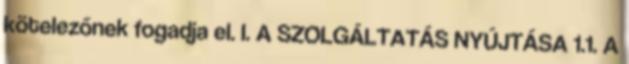
kötelezőnek fogadja el. I. A SZOLGÁLTATÁS NYÚJTÁSA 1.1. A